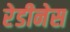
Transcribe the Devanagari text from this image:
रेडीनेस